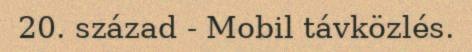
20. század - Mobil távközlés.